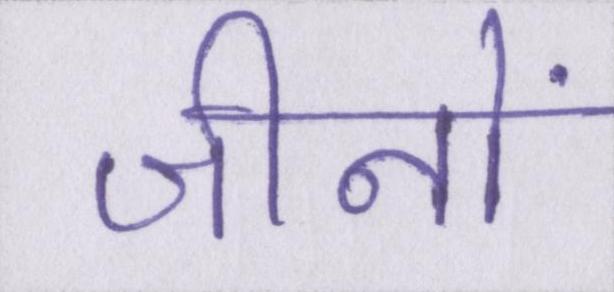
जीनों